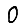
Digit: 0